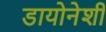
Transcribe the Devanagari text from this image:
डायोनेशी